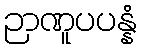
ဉာဏူပပန္နံ